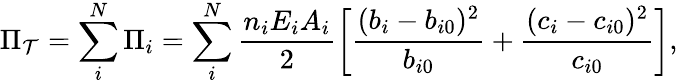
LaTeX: \Pi_{\mathcal{T}}=\sum_{i}^{N}\Pi_{i}=\sum_{i}^{N}\frac{{n_{i}E_{i}A_{i}}}{2}\left[\frac{{(b_{i}-b_{i0})^{2}}}{{b_{i0}}}+\frac{{(c_{i}-c_{i0})^{2}}}{{c_{i0}}}\right],